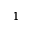
^ 1